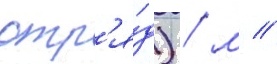
отр'я́д) / м //